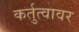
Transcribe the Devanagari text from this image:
कर्तुत्वावर